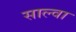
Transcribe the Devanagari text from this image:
साल्वा